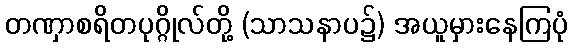
တဏှာစရိတပုဂ္ဂိုလ်တို့ (သာသနာပ၌) အယူမှားနေကြပုံ